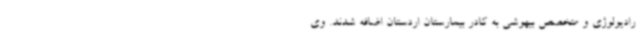
رادیولوژی و متخصص بیهوشی به کادر بیمارستان اردستان اضافه شدند. وی